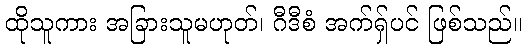
ထိုသူကား အခြားသူမဟုတ်၊ ဂီဒီစံ အက်ရှ်ပင် ဖြစ်သည်။